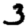
Digit: 3